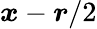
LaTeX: \boldsymbol{x}-\boldsymbol{r}/2